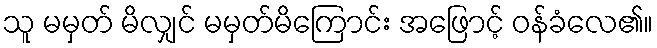
သူ မမှတ် မိလျှင် မမှတ်မိကြောင်း အဖြောင့် ဝန်ခံလေ၏။